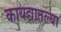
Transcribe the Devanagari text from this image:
कायद्यातल्या